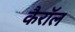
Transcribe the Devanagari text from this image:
कैराॅल